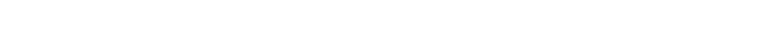
ဆုံးမ၍။ ဥပါသကတ္တေ၊ ဥပါသကာ၏ အဖြစ်၌။ ပတိဋ္ဌာပေတွာ၊ တည်စေတော်မူ၍။